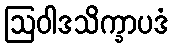
ဩဝါဒသိက္ခာပဒံ